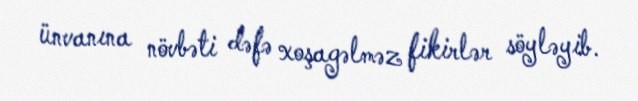
ünvanına növbəti dəfə xoşagəlməz fikirlər söyləyib.